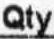
QTY